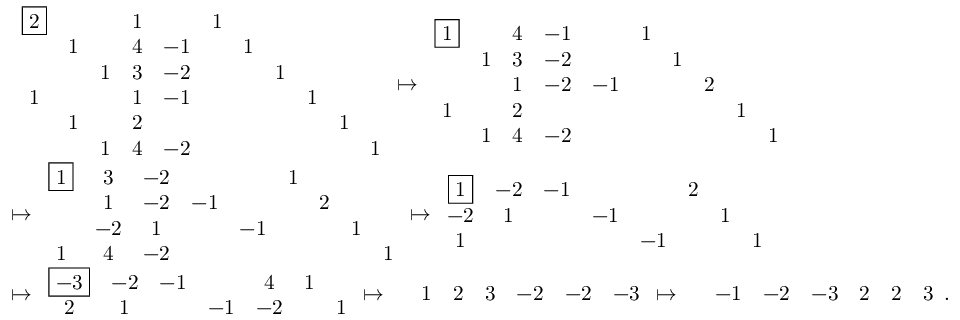
\begin{array} { r l } & { \begin{array} { c c c c c c c c c c c } { \boxed { 2 } } & & & { 1 } & & { 1 } & & & & & \\ & { 1 } & & { 4 } & { - 1 } & & { 1 } & & & & \\ & & { 1 } & { 3 } & { - 2 } & & & { 1 } & & & \\ { 1 } & & & { 1 } & { - 1 } & & & & { 1 } & & \\ & { 1 } & & { 2 } & & & & & & { 1 } & \\ & & { 1 } & { 4 } & { - 2 } & & & & & & { 1 } \end{array} \mapsto \begin{array} { c c c c c c c c c c } { \boxed { 1 } } & & { 4 } & { - 1 } & & { 1 } & & & & \\ & { 1 } & { 3 } & { - 2 } & & & { 1 } & & & \\ & & { 1 } & { - 2 } & { - 1 } & & & { 2 } & & \\ { 1 } & & { 2 } & & & & & & { 1 } & \\ & { 1 } & { 4 } & { - 2 } & & & & & & { 1 } \end{array} } \\ & { \mapsto \begin{array} { c c c c c c c c c } { \boxed { 1 } } & { 3 } & { - 2 } & & & { 1 } & & & \\ & { 1 } & { - 2 } & { - 1 } & & & { 2 } & & \\ & { - 2 } & { 1 } & & { - 1 } & & & { 1 } & \\ { 1 } & { 4 } & { - 2 } & & & & & & { 1 } \end{array} \mapsto \begin{array} { c c c c c c c c } { \boxed { 1 } } & { - 2 } & { - 1 } & & & { 2 } & & \\ { - 2 } & { 1 } & & { - 1 } & & & { 1 } & \\ { 1 } & & & & { - 1 } & & & { 1 } \end{array} } \\ & { \mapsto \begin{array} { c c c c c c c } { \boxed { - 3 } } & { - 2 } & { - 1 } & & { 4 } & { 1 } & \\ { 2 } & { 1 } & & { - 1 } & { - 2 } & & { 1 } \end{array} \mapsto \begin{array} { c c c c c c c } & { 1 } & { 2 } & { 3 } & { - 2 } & { - 2 } & { - 3 } \end{array} \mapsto \begin{array} { c c c c c c c } & { - 1 } & { - 2 } & { - 3 } & { 2 } & { 2 } & { 3 } \end{array} . } \end{array}